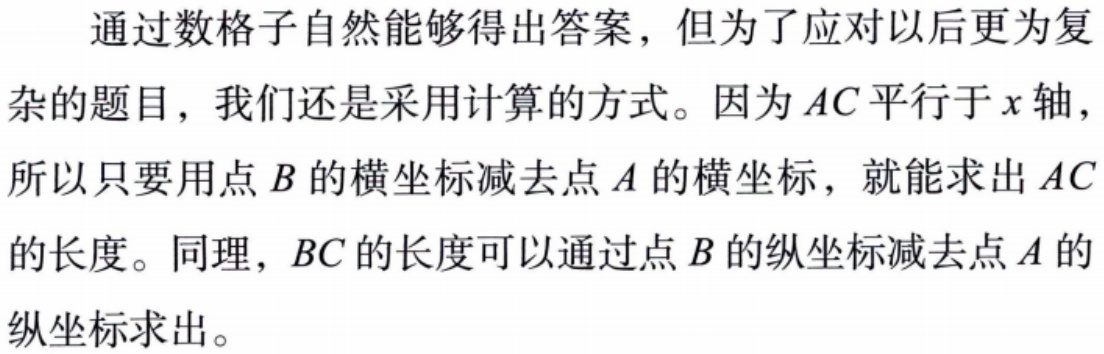
通过数格子自然能够得出答案，但为了应对以后更为复杂的题目，我们还是采用计算的方式。因为 \(AC\) 平行于 \(x\) 轴，所以只要用点 \(B\) 的横坐标减去点 \(A\) 的横坐标，就能求出 \(AC\) 的长度。同理，\(BC\) 的长度可以通过点 \(B\) 的纵坐标减去点 \(A\) 的纵坐标求出。